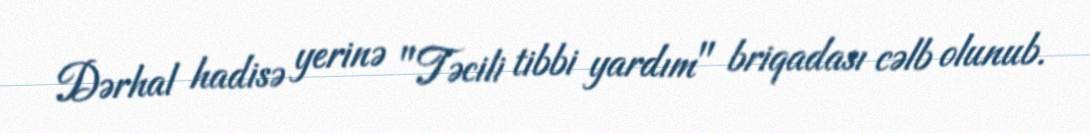
Dərhal hadisə yerinə "Təcili tibbi yardım" briqadası cəlb olunub.